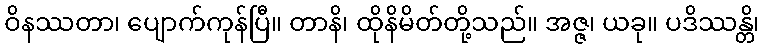
ဝိနဿတာ၊ ပျောက်ကုန်ပြီ။ တာနိ၊ ထိုနိမိတ်တို့သည်။ အဇ္ဇ၊ ယခု။ ပဒိဿန္တိ၊